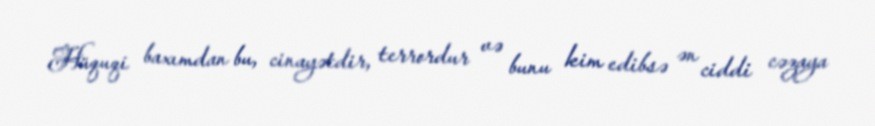
Hüquqi baxımdan bu, cinayətdir, terrordur və bunu kim edibsə ən ciddi cəzaya